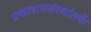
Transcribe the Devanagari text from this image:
प्रकाशनसंस्थांतर्फे